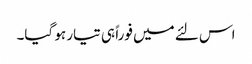
اس لئے میں فوراً ہی تیار ہو گیا۔